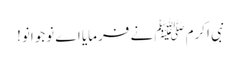
نبی اکرمﷺ نے فرمایا اے نوجوانو!